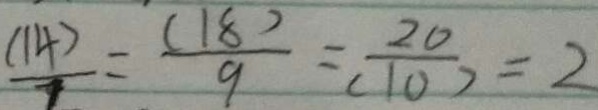
\frac { ( 1 4 ) } { 7 } = \frac { ( 1 8 ) } { 9 } = \frac { 2 0 } { ( 1 0 ) } = 2